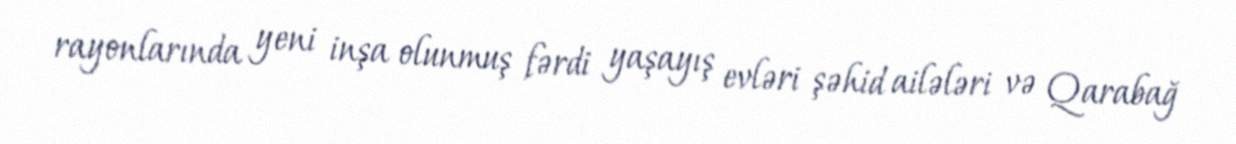
rayonlarında yeni inşa olunmuş fərdi yaşayış evləri şəhid ailələri və Qarabağ